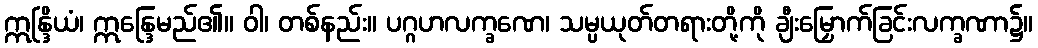
ဣန္ဒြိယံ၊ ဣန္ဒြေမည်၏။ ဝါ၊ တစ်နည်း။ ပဂ္ဂဟလက္ခဏေ၊ သမ္ပယုတ်တရားတို့ကို ချီးမြှောက်ခြင်းလက္ခဏာ၌။